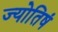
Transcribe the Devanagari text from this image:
ज्योतिषं